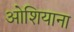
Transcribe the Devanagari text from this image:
ओशियाना